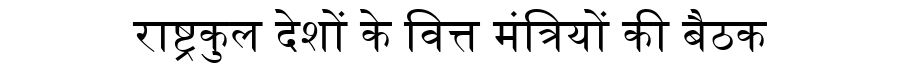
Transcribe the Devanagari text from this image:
राष्ट्रकुल देशों के वित्त मंत्रियों की बैठक